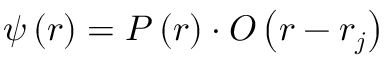
\psi \left( \boldsymbol { r } \right) = P \left( \boldsymbol { r } \right) \cdot O \left( \boldsymbol { r } - \boldsymbol { r _ { j } } \right)